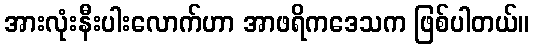
အားလုံးနီးပါးလောက်ဟာ အာဖရိကဒေသက ဖြစ်ပါတယ်။